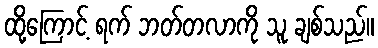
ထို့ကြောင့် ရက် ဘတ်တလာကို သူ ချစ်သည်။